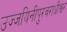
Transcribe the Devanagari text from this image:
उज्जयिनीपुरवराधीश्वर